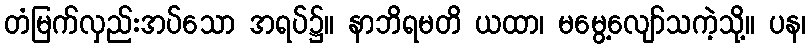
တံမြက်လှည်းအပ်သော အရပ်၌။ နာဘိရမတိ ယထာ၊ မမွေ့လျော်သကဲ့သို့။ ပန၊